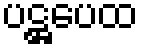
ပဋ္ဌပေထ